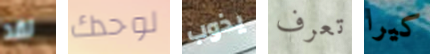
لقد لوحدك يذوب تعرف كيرا